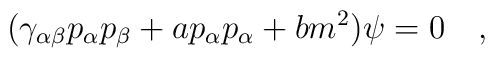
(\gamma_{\alpha\beta}p_\alpha p_\beta +a p_\alpha p_\alpha +bm^2) \psi =0\quad,